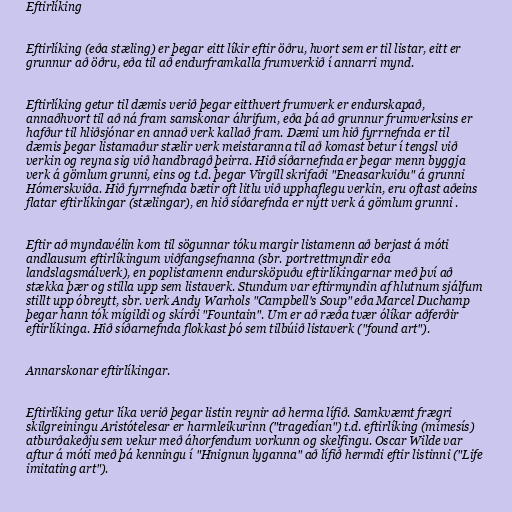
Eftirlíking

Eftirlíking (eða stæling) er þegar eitt líkir eftir öðru, hvort sem er til listar, eitt er
grunnur að öðru, eða til að endurframkalla frumverkið í annarri mynd.

Eftirlíking getur til dæmis verið þegar eitthvert frumverk er endurskapað,
annaðhvort til að ná fram samskonar áhrifum, eða þá að grunnur frumverksins er
hafður til hliðsjónar en annað verk kallað fram. Dæmi um hið fyrrnefnda er til
dæmis þegar listamaður stælir verk meistaranna til að komast betur í tengsl við
verkin og reyna sig við handbragð þeirra. Hið síðarnefnda er þegar menn byggja
verk á gömlum grunni, eins og t.d. þegar Virgill skrifaði "Eneasarkviðu" á grunni
Hómerskviða. Hið fyrrnefnda bætir oft litlu við upphaflegu verkin, eru oftast aðeins
flatar eftirlíkingar (stælingar), en hið síðarefnda er nýtt verk á gömlum grunni .

Eftir að myndavélin kom til sögunnar tóku margir listamenn að berjast á móti
andlausum eftirlíkingum viðfangsefnanna (sbr. portrettmyndir eða
landslagsmálverk), en poplistamenn endursköpuðu eftirlíkingarnar með því að
stækka þær og stilla upp sem listaverk. Stundum var eftirmyndin af hlutnum sjálfum
stillt upp óbreytt, sbr. verk Andy Warhols "Campbell's Soup" eða Marcel Duchamp
þegar hann tók mígildi og skírði "Fountain". Um er að ræða tvær ólíkar aðferðir
eftirlíkinga. Hið síðarnefnda flokkast þó sem tilbúið listaverk ("found art").

Annarskonar eftirlíkingar.

Eftirlíking getur líka verið þegar listin reynir að herma lífið. Samkvæmt frægri
skilgreiningu Aristótelesar er harmleikurinn ("tragedían") t.d. eftirlíking (mímesís)
atburðakeðju sem vekur með áhorfendum vorkunn og skelfingu. Oscar Wilde var
aftur á móti með þá kenningu í "Hnignun lyganna" að lífið hermdi eftir listinni ("Life
imitating art").